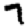
Digit: 7